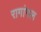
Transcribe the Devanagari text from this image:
रागांगल